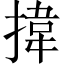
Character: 𢯷